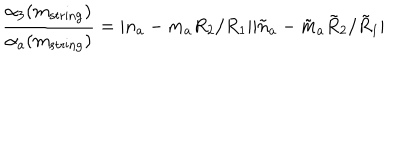
\frac { \alpha _ { 3 } ( m _ { \mathrm { s t r i n g } } ) } { \alpha _ { a } ( m _ { \mathrm { s t r i n g } } ) } = | n _ { a } - m _ { a } R _ { 2 } / R _ { 1 } | | \tilde { n } _ { a } - \tilde { m } _ { a } \tilde { R } _ { 2 } / \tilde { R } _ { 1 } |